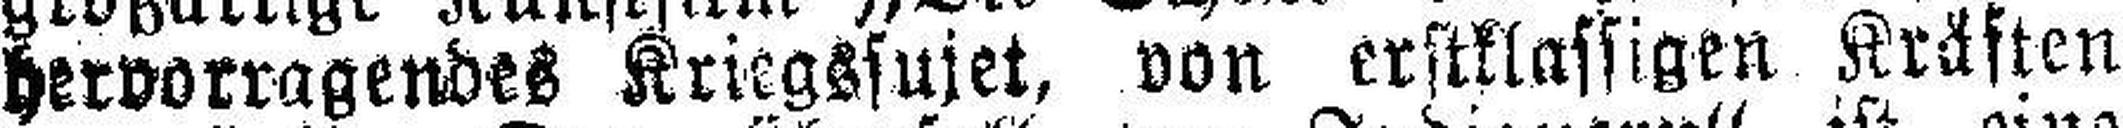
hervorragendes Kriegssujet, von erstklassigen Kräften